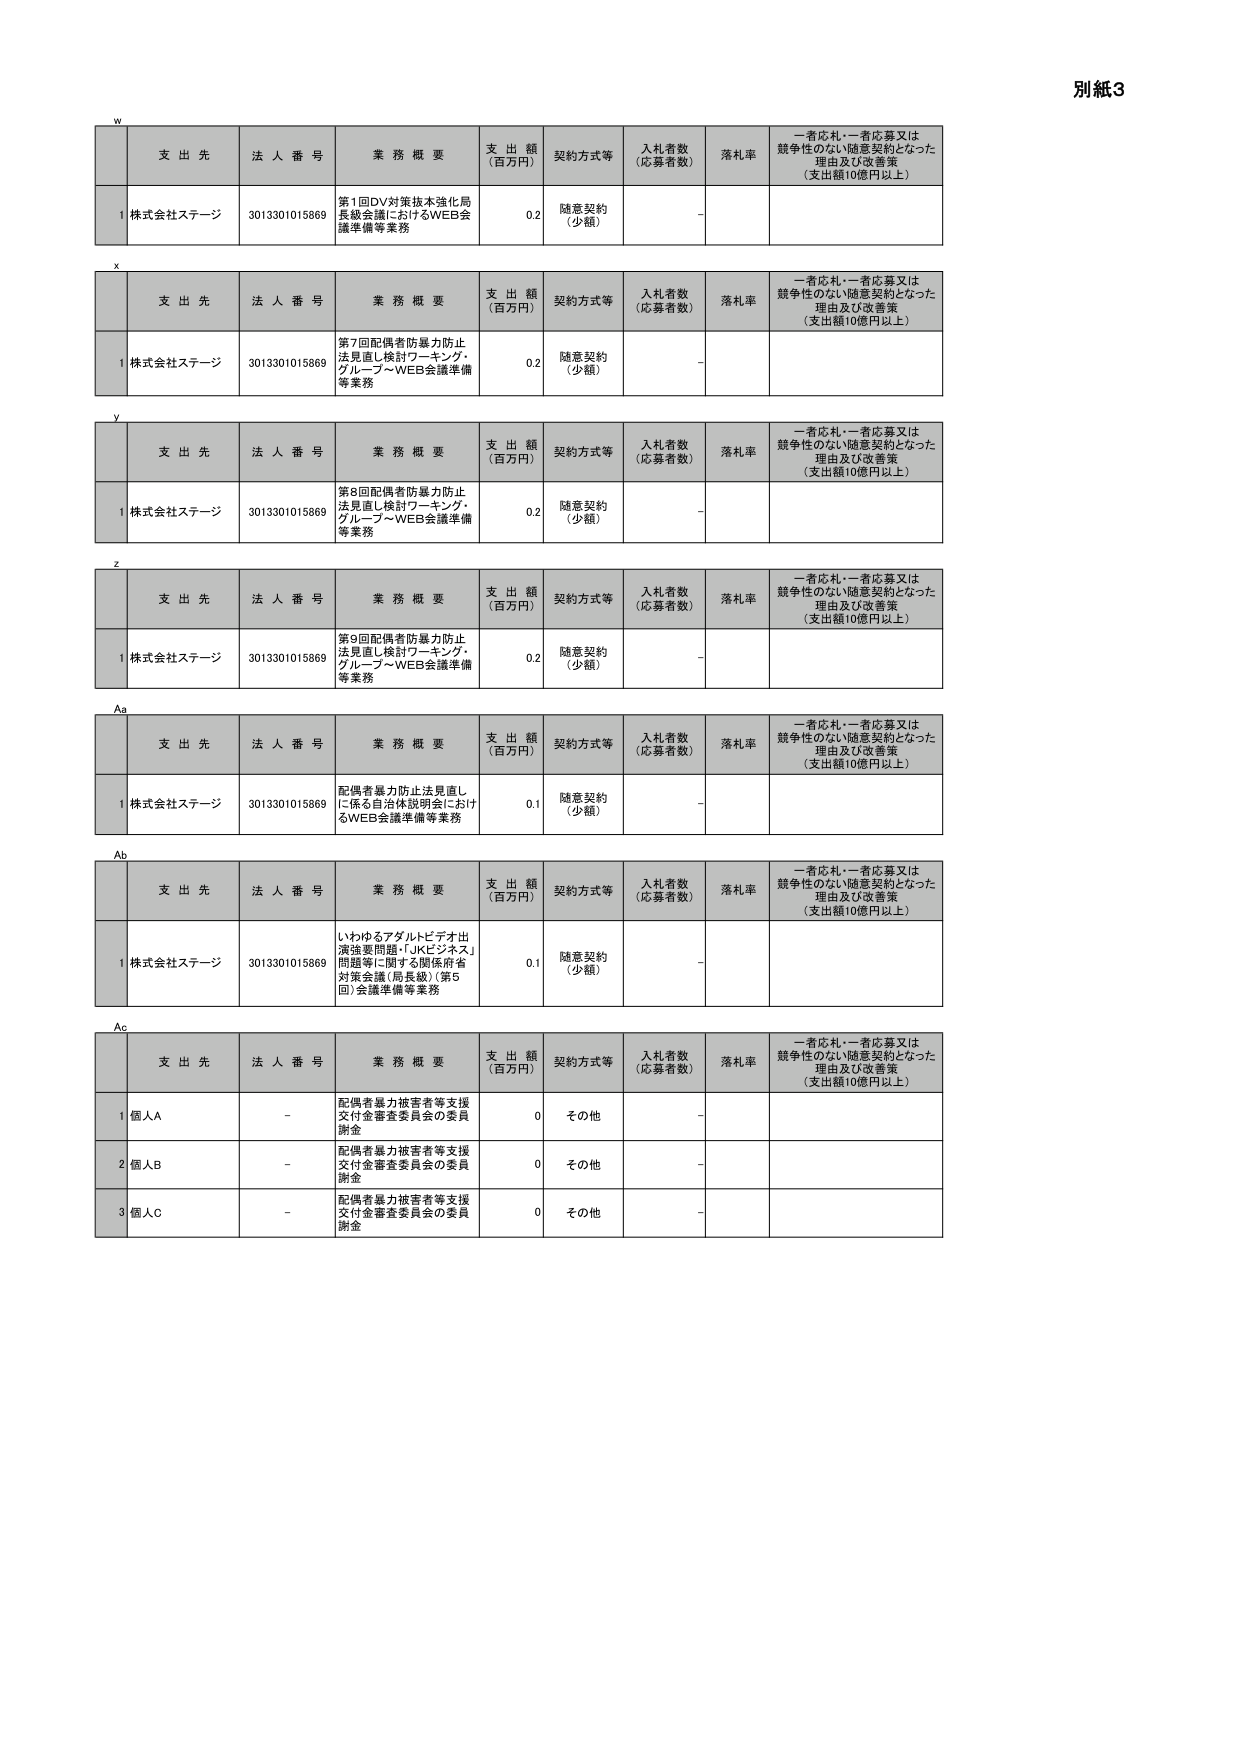
別紙3

w
支 出 先 法 人 番 号 業 務 概 要 支 出 額 （百万円） 契約方式等 入札者数 （応募者数） 落札率 一者応札・一者応募又は 競争性のない随意契約となった 理由及び改善策 （支出額10億円以上）
1 株式会社ステージ 3013301015869 第1回DV対策抜本強化局 長級会議におけるWEB会 議準備等業務 0.2 随意契約 （少額） -

x
支 出 先 法 人 番 号 業 務 概 要 支 出 額 （百万円） 契約方式等 入札者数 （応募者数） 落札率 一者応札・一者応募又は 競争性のない随意契約となった 理由及び改善策 （支出額10億円以上）
1 株式会社ステージ 3013301015869 第7回配偶者防暴力防止 法見直し検討ワーキング・ グループ～WEB会議準備 等業務 0.2 随意契約 （少額） -

y
支 出 先 法 人 番 号 業 務 概 要 支 出 額 （百万円） 契約方式等 入札者数 （応募者数） 落札率 一者応札・一者応募又は 競争性のない随意契約となった 理由及び改善策 （支出額10億円以上）
1 株式会社ステージ 3013301015869 第8回配偶者防暴力防止 法見直し検討ワーキング・ グループ～WEB会議準備 等業務 0.2 随意契約 （少額） -

z
支 出 先 法 人 番 号 業 務 概 要 支 出 額 （百万円） 契約方式等 入札者数 （応募者数） 落札率 一者応札・一者応募又は 競争性のない随意契約となった 理由及び改善策 （支出額10億円以上）
1 株式会社ステージ 3013301015869 第9回配偶者防暴力防止 法見直し検討ワーキング・ グループ～WEB会議準備 等業務 0.2 随意契約 （少額） -

Aa
支 出 先 法 人 番 号 業 務 概 要 支 出 額 （百万円） 契約方式等 入札者数 （応募者数） 落札率 一者応札・一者応募又は 競争性のない随意契約となった 理由及び改善策 （支出額10億円以上）
1 株式会社ステージ 3013301015869 配偶者暴力防止法見直し に係る自治体説明会におけ るWEB会議準備等業務 0.1 随意契約 （少額） -

Ab
支 出 先 法 人 番 号 業 務 概 要 支 出 額 （百万円） 契約方式等 入札者数 （応募者数） 落札率 一者応札・一者応募又は 競争性のない随意契約となった 理由及び改善策 （支出額10億円以上）
1 株式会社ステージ 3013301015869 いわゆるアダルトビデオ出 演強要問題・「JKビジネス」 問題等に関する関係府省 対策会議（局長級）（第5 回）会議準備等業務 0.1 随意契約 （少額） -

Ac
支 出 先 法 人 番 号 業 務 概 要 支 出 額 （百万円） 契約方式等 入札者数 （応募者数） 落札率 一者応札・一者応募又は 競争性のない随意契約となった 理由及び改善策 （支出額10億円以上）
1 個人A - 配偶者暴力被害者等支援 支付金審査委員会の委員 謝金 0 その他 -
2 個人B - 配偶者暴力被害者等支援 支付金審査委員会の委員 謝金 0 その他 -
3 個人C - 配偶者暴力被害者等支援 支付金審査委員会の委員 謝金 0 その他 -